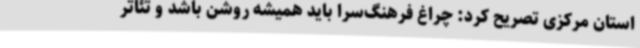
استان مرکزی تصریح کرد: چراغ فرهنگ‌سرا باید همیشه روشن باشد و تئاتر